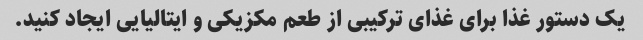
یک دستور غذا برای غذای ترکیبی از طعم مکزیکی و ایتالیایی ایجاد کنید.